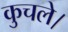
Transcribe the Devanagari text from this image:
कुचले।